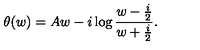
\theta ( w ) = A w - i \log { \frac { w - { \frac { i } { 2 } } } { w + { \frac { i } { 2 } } } } .